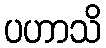
ပဟာသိ